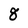
Character: 8